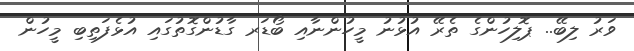
ވަރު ލިބޭ.. ޕޮލިހުންގެ ތެރޭ އުޅުނު މީހުންނާއި ބޯޑަރ ގާޑުންގޮތުގައި އުޅެފަތިބި މީހުން